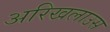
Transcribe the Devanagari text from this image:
अरिखलाउस